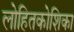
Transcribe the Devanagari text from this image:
लोहितकोशिका